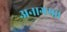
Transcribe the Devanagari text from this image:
अनागमा।